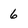
Character: 6